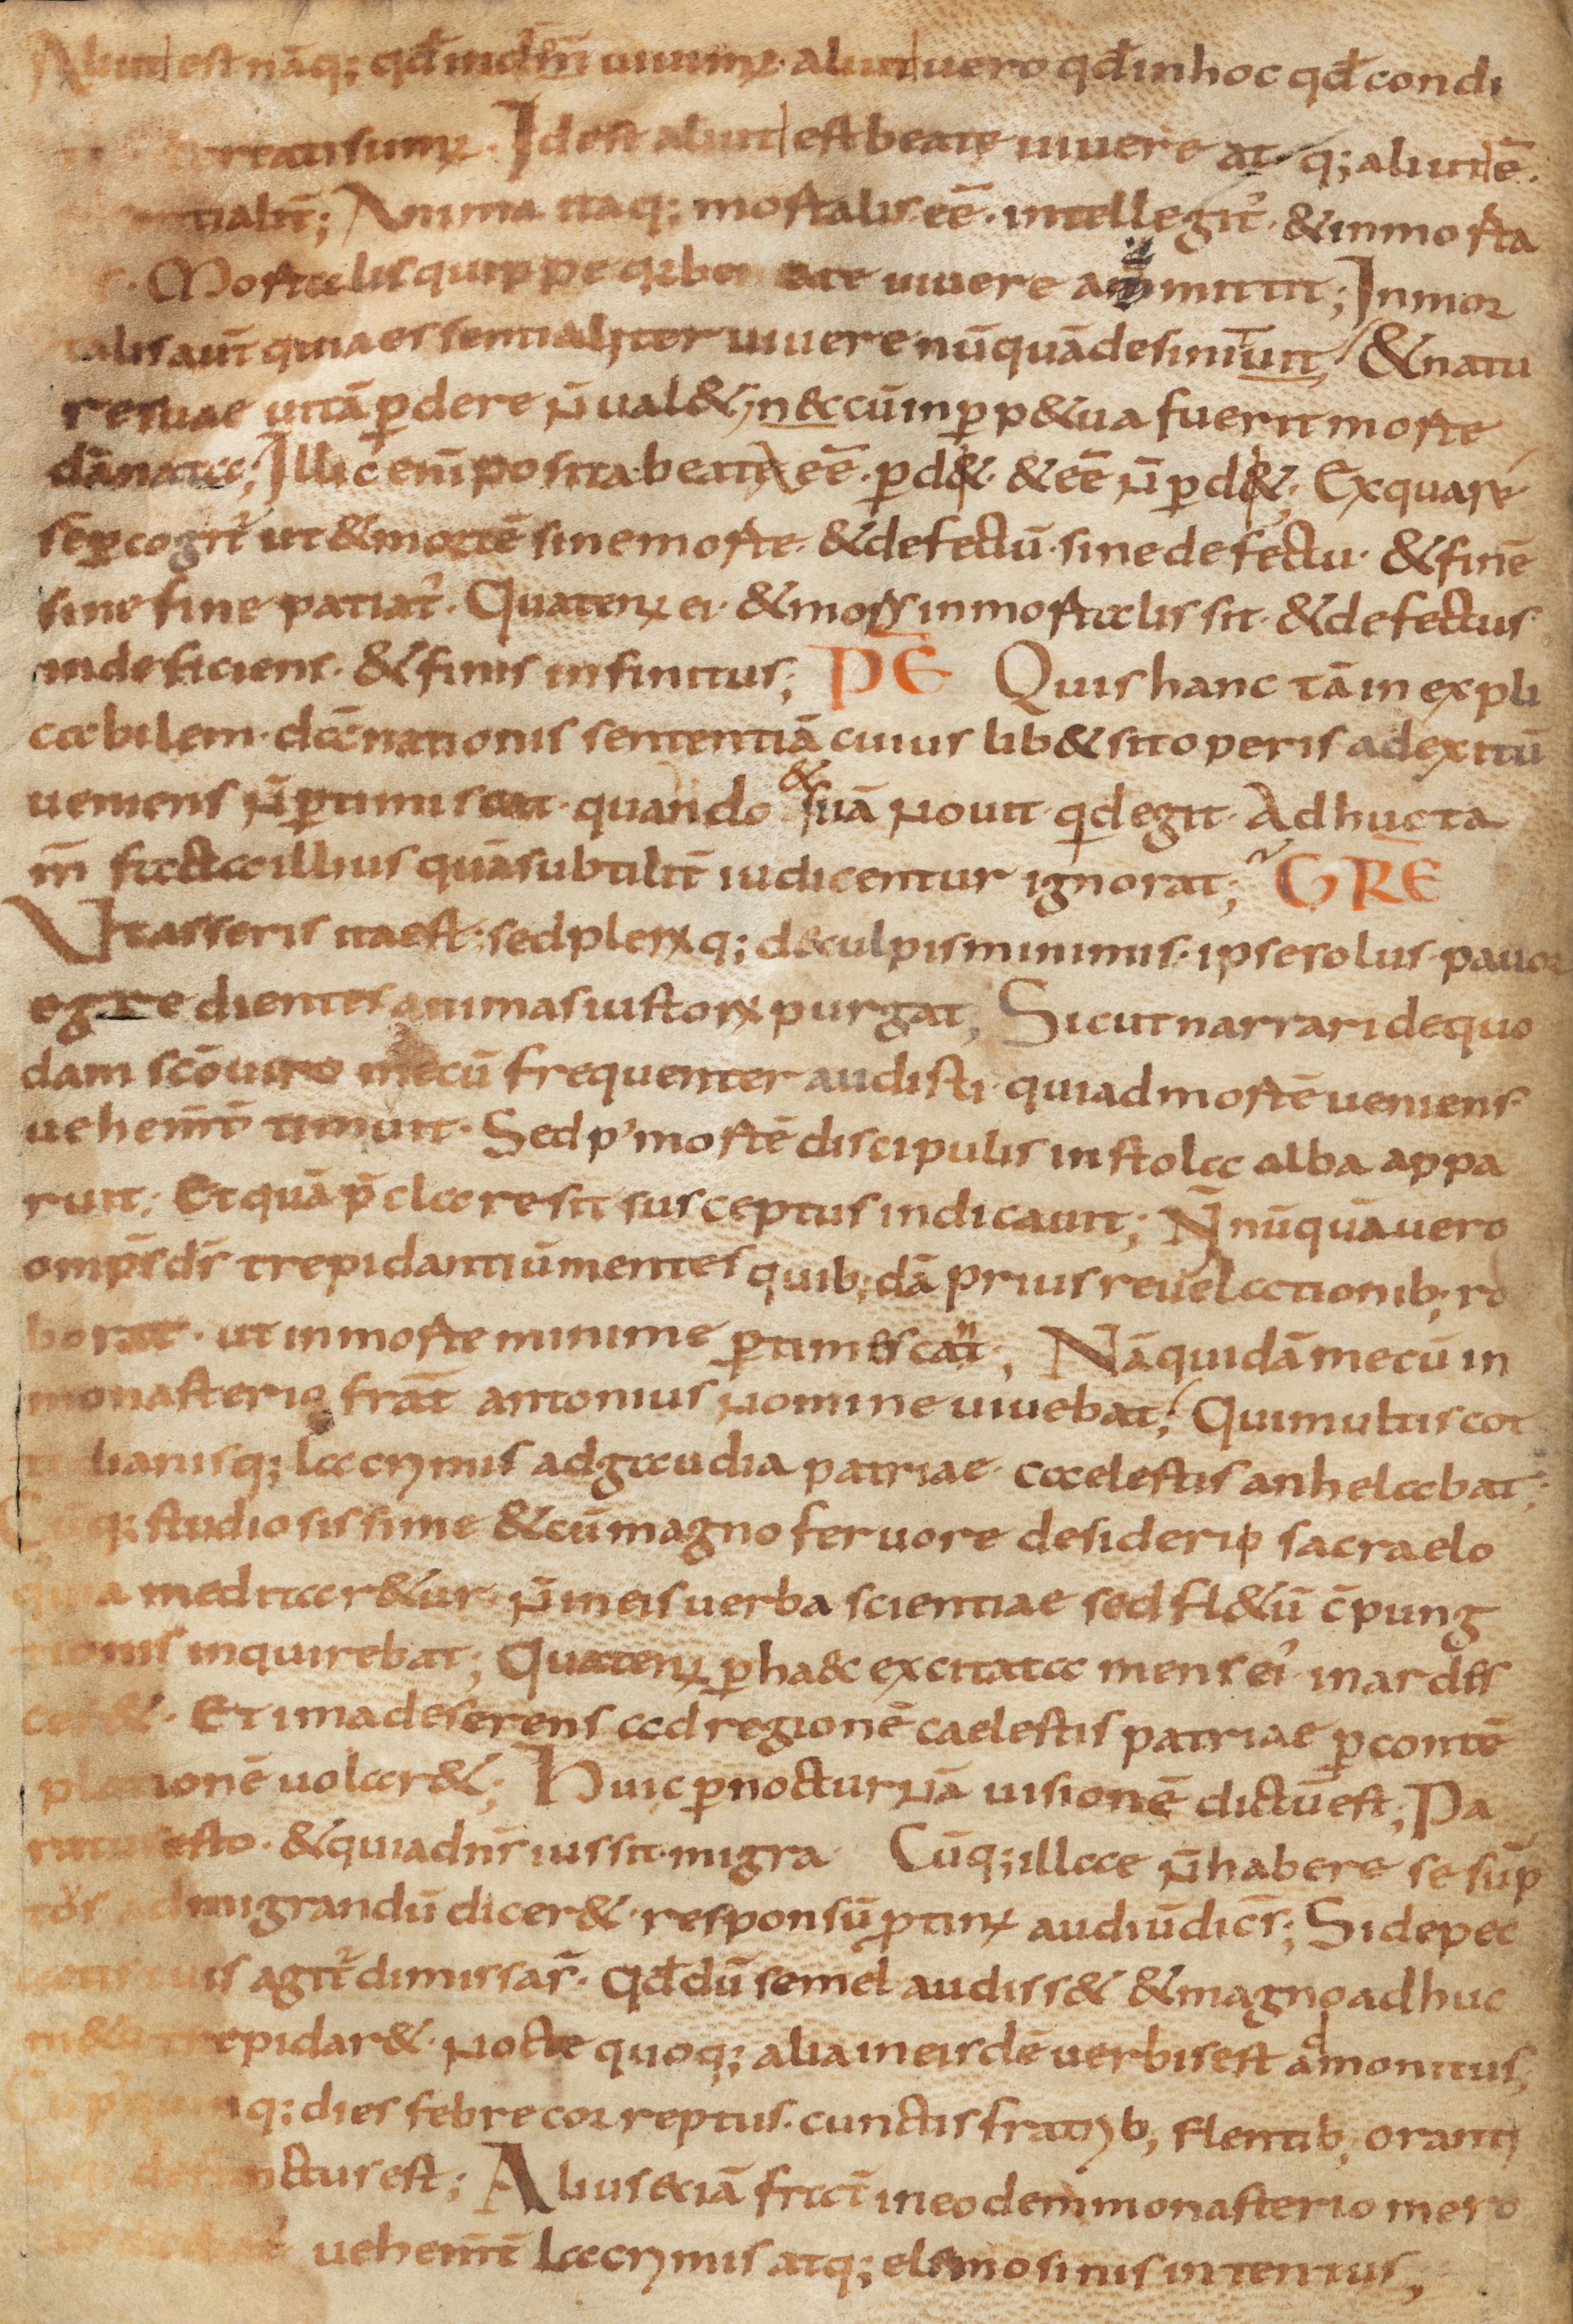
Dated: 800–849